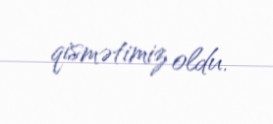
qismətimiz oldu.